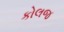
કોલજ